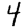
Digit: 4